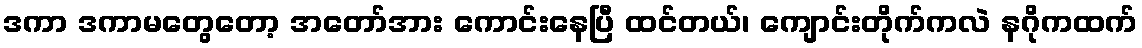
ဒကာ ဒကာမတွေတော့ အတော်အား ကောင်းနေပြီ ထင်တယ်၊ ကျောင်းတိုက်ကလဲ နဂိုကထက်